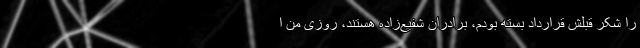
را شکر قبلش قرارداد بسته بودم، برادران شفیع‌زاده هستند، روزی من ا